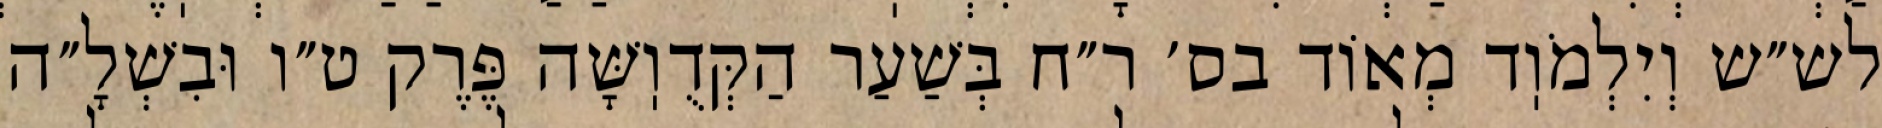
לש״ש וְיִלְמֹוֽד מְאוֹד בס׳ ר״ח בְּשַׁעַר הַקְּדֻוֽשָּׁה פֶּרֶק ט״ו וּבִשְׁלָ״ה